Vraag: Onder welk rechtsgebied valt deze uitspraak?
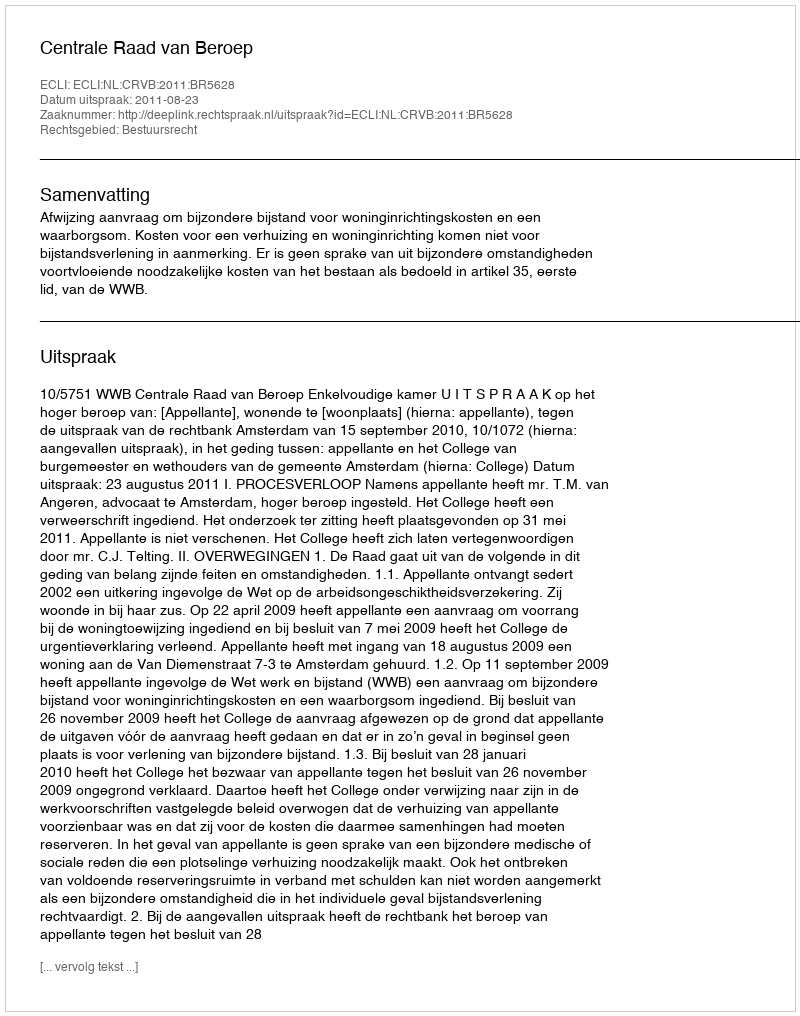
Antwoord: Bestuursrecht